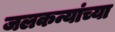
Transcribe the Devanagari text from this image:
जलकन्यांच्या